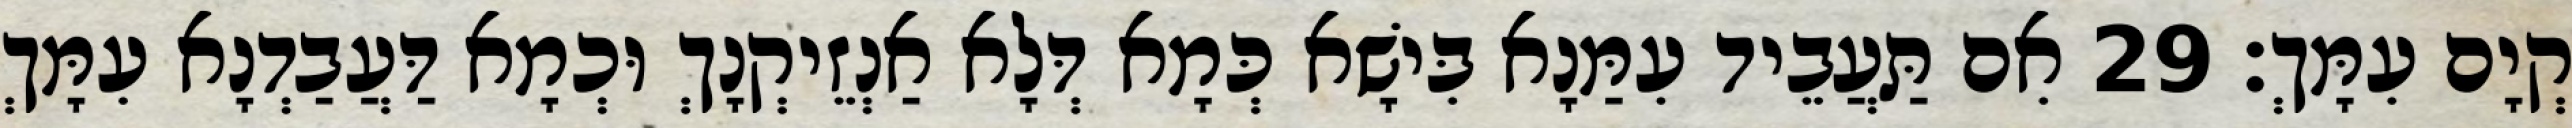
קְיָם עִמָּךְ׃ 29 אִם תַּעֲבֵיד עִמַּנָא בִּישָׁא כְּמָא דְּלָא אַנְזֵיקְנָךְ וּכְמָא דַּעֲבַדְנָא עִמָּךְ